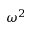
\omega ^ { 2 }